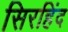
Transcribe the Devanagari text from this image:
सिरहिंद